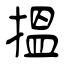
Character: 搵